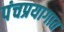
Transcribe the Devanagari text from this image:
पंचप्रयागात